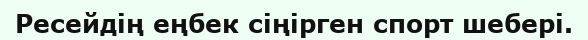
Ресейдің еңбек сіңірген спорт шебері.